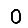
Digit: 0